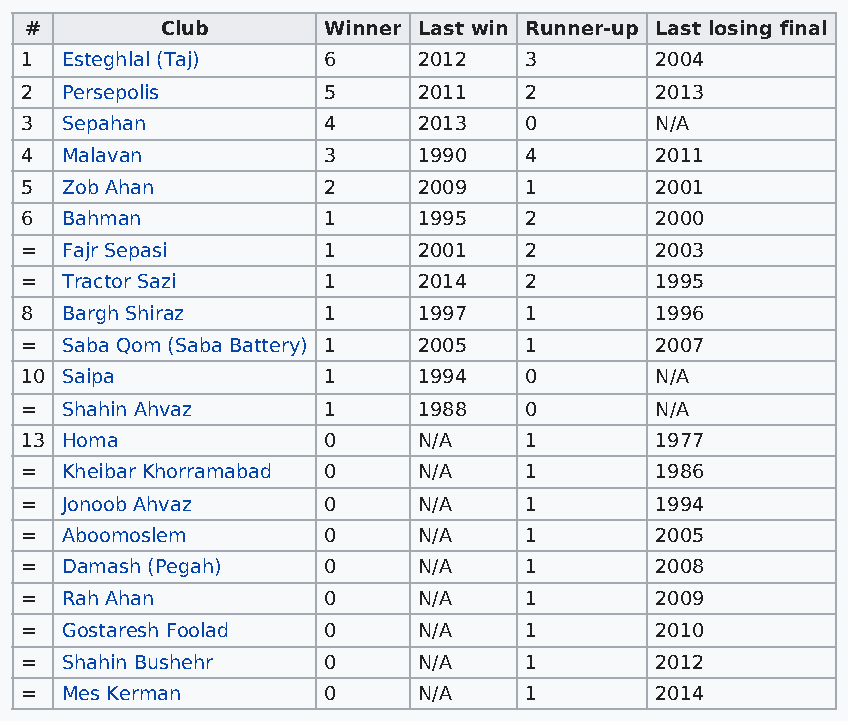
#        Club      Winner Last win Runner-up Last losing final
 1  Esteghlal (Taj)  6      2012   3       2004
 2  Persepolis       5      2011   2       2013
 3  Sepahan          4      2013   0       N/A
 4  Malavan          3      1990   4       2011
 5  Zob Ahan         2      2009   1       2001
 6  Bahman           1      1995   2       2000
 =  Fajr Sepasi      1      2001   2       2003
 =  Tractor Sazi     1      2014   2       1995
 8  Bargh Shiraz     1      1997   1       1996
 =  Saba Qom (Saba Battery) 1 2005 1       2007
 10 Saipa            1      1994   0       N/A
 =  Shahin Ahvaz     1      1988   0       N/A
 13 Homa             0      N/A    1       1977
 =  Kheibar Khorramabad 0   N/A    1       1986
 =  Jonoob Ahvaz     0      N/A    1       1994
 =  Aboomoslem       0      N/A    1       2005
 =  Damash (Pegah)   0      N/A    1       2008
 =  Rah Ahan         0      N/A    1       2009
 =  Gostaresh Foolad 0      N/A    1       2010
 =  Shahin Bushehr   0      N/A    1       2012
 =  Mes Kerman       0      N/A    1       2014